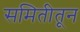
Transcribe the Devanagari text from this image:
समितीतून